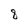
Character: 8